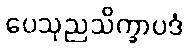
ပေသုညသိက္ခာပဒံ